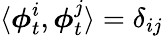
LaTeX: \langle\boldsymbol{\phi}_{t}^{i},\boldsymbol{\phi}_{t}^{j}\rangle=\delta_{ij}